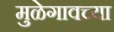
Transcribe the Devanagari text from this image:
मुळेगावच्या